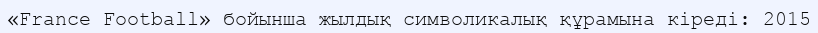
«France Football» бойынша жылдық символикалық құрамына кіреді: 2015